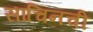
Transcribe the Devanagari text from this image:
सांचिनची